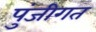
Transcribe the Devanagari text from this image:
पुंजीगत